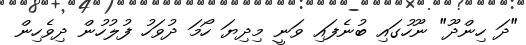
"ދަ ހިންދޫ" ނޫހުގައި ބުނެފައި ވަނީ މިދިޔަ ހޯމަ ދުވަހު ފުލުހުން ދިވެހިން